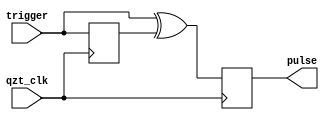
`timescale 1ns / 1ps
//////////////////////////////////////////////////////////////////////////////////
// Company: 
// Engineer: 
// 
// Design Name: 
// Module Name:    pulse_on_change 
// Project Name: 
// Target Devices: 
// Tool versions: 
// Description: 
//
// Dependencies: 
//
// Revision: 
// Revision 0.01 - File Created
// Additional Comments: 
//
//////////////////////////////////////////////////////////////////////////////////
module pulse_on_change(
		qzt_clk,
		trigger,
		
		pulse
    );

input qzt_clk;
input trigger;
output reg pulse=0;

reg trigger_old=0;

always @(posedge qzt_clk) begin
	pulse<=trigger^trigger_old;
	trigger_old<=trigger;
end

endmodule